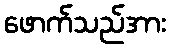
ဖောက်သည်အား